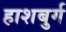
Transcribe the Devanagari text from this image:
हाशबुर्ग